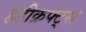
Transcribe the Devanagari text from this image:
हंडीक्रफ्ट्स